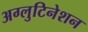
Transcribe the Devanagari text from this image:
अग्लुटिनेशन